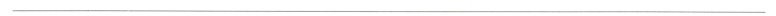
___